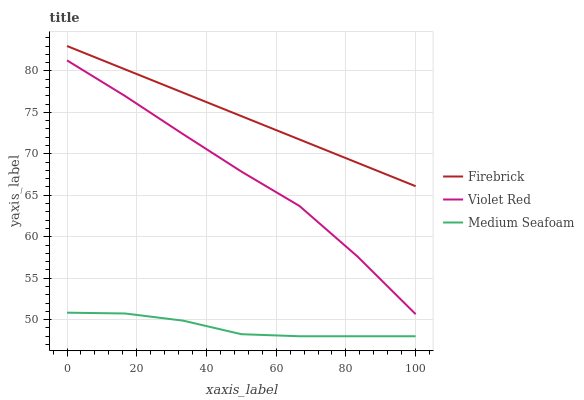
| xaxis_label | Firebrick | Violet Red | Medium Seafoam |
 | --- | --- | --- | --- |
 | 0 | 83 | 81.3 | 50.8 |
 | 16.7 | 80.2 | 77 | 50.7 |
 | 33.3 | 77.4 | 72.4 | 49.9 |
 | 50 | 74.5 | 67.9 | 48.2 |
 | 66.7 | 71.7 | 63.7 | 48 |
 | 83.3 | 68.9 | 57.6 | 48 |
 | 100 | 66.1 | 50.7 | 48 |